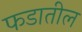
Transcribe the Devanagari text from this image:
फडातील